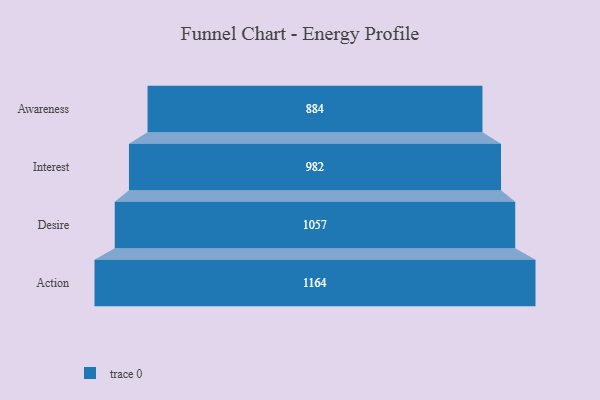
{"axis": {"x": "Stage", "y": "Value"}, "legend": [""], "data": [{"x": "Awareness", "y": 884.0, "type": ""}, {"x": "Interest", "y": 982.0, "type": ""}, {"x": "Desire", "y": 1057.0, "type": ""}, {"x": "Action", "y": 1164.0, "type": ""}]}